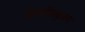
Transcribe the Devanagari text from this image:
तिरुवंचिक्कुळम